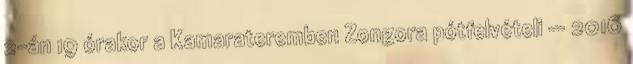
2-án 19 órakor a Kamarateremben Zongora pótfelvételi — 2016